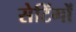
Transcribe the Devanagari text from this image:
सेटिंगों